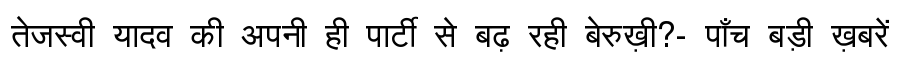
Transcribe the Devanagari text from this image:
तेजस्वी यादव की अपनी ही पार्टी से बढ़ रही बेरुख़ी?- पाँच बड़ी ख़बरें